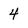
Character: 4